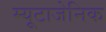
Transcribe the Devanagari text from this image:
म्यूटाजेनिक